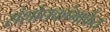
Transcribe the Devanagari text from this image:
संशोधकांमार्फत